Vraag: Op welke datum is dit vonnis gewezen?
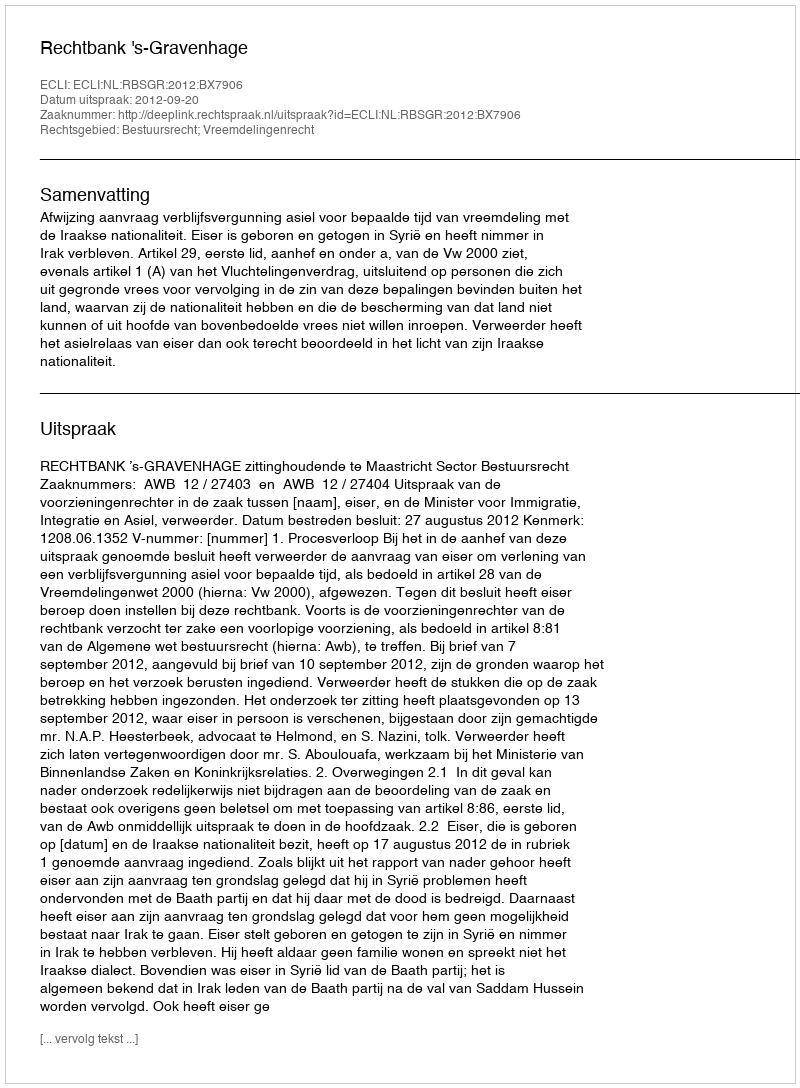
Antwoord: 2012-09-20